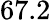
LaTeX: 67.2